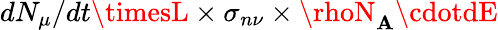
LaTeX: dN_{\mu}/dt\timesL\times\sigma_{n\nu}\times\rhoN_{\mathbf{A}}\cdotdE